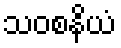
သဝစနိယံ